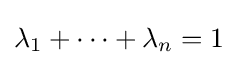
\lambda _{1}+\cdots +\lambda _{n}=1